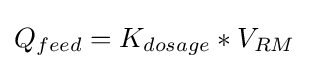
Q_{feed}=K_{dosage}*V_{RM}